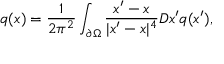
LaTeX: q ( x ) = { \frac { 1 } { 2 \pi ^ { 2 } } } \int _ { \partial \Omega } { \frac { x ^ { \prime } - x } { | x ^ { \prime } - x | ^ { 4 } } } D x ^ { \prime } q ( x ^ { \prime } ) ,